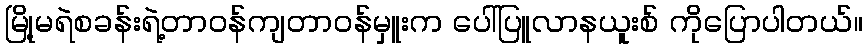
မြို့မရဲစခန်းရဲ့တာဝန်ကျတာဝန်မှူးက ပေါ်ပြူလာနယူးစ် ကိုပြောပါတယ်။